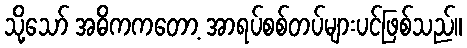
သို့သော် အဓိကကတော့ အာရပ်စစ်တပ်များပင်ဖြစ်သည်။